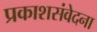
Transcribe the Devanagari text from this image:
प्रकाशसंवेदना